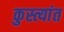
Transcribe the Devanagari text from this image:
कुस्त्यांत